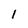
Character: l